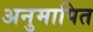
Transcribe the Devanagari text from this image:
अनुमापित